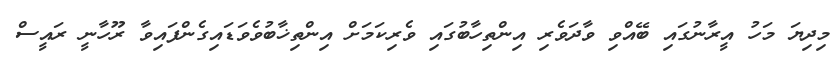
މިދިޔަ މަހު އީރާނުގައި ބޭއްވި ވާދަވެރި އިންތިހާބުގައި ވެރިކަމަށް އިންތިޚާބުވެވަޑައިގެންފައިވާ ރޫހާނީ ރައީސް